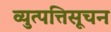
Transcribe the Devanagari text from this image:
व्युत्पत्तिसूचन